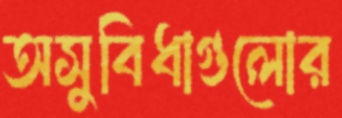
অসুবিধাগুলোর